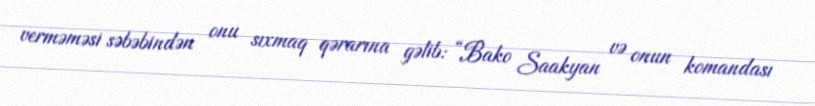
verməməsi səbəbindən onu sıxmaq qərarına gəlib: “Bako Saakyan və onun komandası